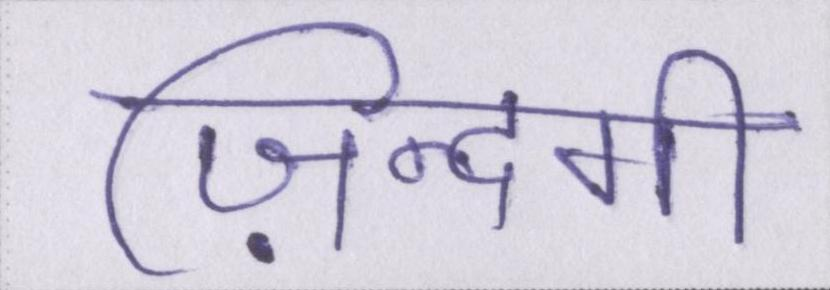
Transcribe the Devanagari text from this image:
ज़िन्दगी